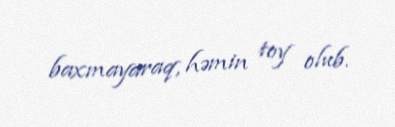
baxmayaraq, həmin toy olub.